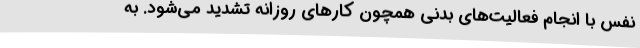
نفس با انجام فعالیت‌های بدنی همچون کارهای روزانه تشدید می‌شود. به